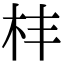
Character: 㭋